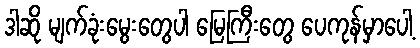
ဒါဆို မျက်ခုံးမွေးတွေပါ မြေကြီးတွေ ပေကုန်မှာပေါ့